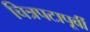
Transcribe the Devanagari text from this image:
चित्रपटापूर्वी